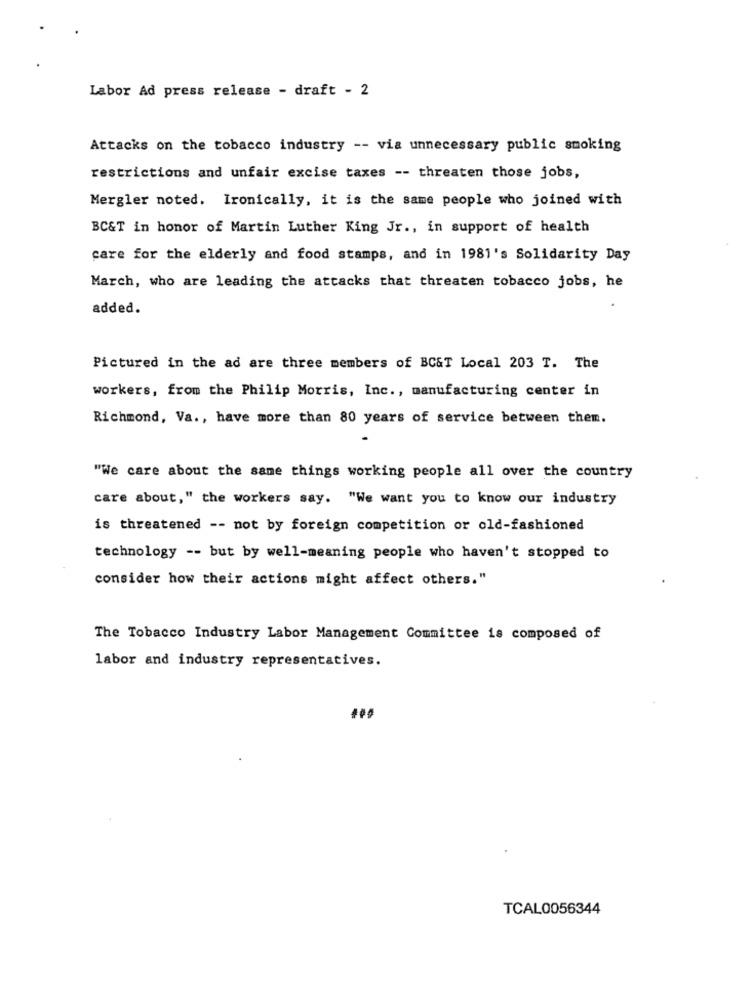
Labor Ad press release - draft - 2
Attacks on the tobacco industry -- via unnecessary public smoking
restrictions and unfair excise taxes -- threaten those jobs,
Mergler noted. Ironically, it is the same people who joined with
BC&T in honor of Martin Luther King Jr ., in support of health
care for the elderly and food stamps, and in 1981's Solidarity Day
March, who are leading the attacks that threaten tobacco jobs, he
added.
Pictured in the ad are three members of BC&T Local 203 T. The
workers, from the Philip Morris, Inc ., manufacturing center in
Richmond, Va ., have more than 80 years of service between them.
"We care about the same things working people all over the country
care about," the workers say. "We want you to know our industry
is threatened -- not by foreign competition or old-fashioned
technology -- but by well-meaning people who haven't stopped to
consider how their actions might affect others."
The Tobacco Industry Labor Management Committee is composed of
labor and industry representatives.
TCAL0056344